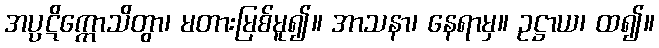
အပ္ပဋိက္ကောသိတွာ၊ မတားမြစ်မူ၍။ အာသနာ၊ နေရာမှ။ ဥဋ္ဌာယ၊ ထ၍။